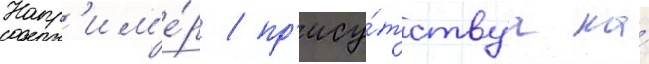
Напр'им'е́р / пр'ису́тствуа на́